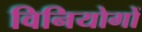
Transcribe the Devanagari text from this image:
विनियोगों